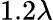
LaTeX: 1.2\lambda